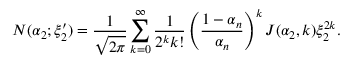
N ( \alpha _ { 2 } ; \xi _ { 2 } ^ { \prime } ) = \frac { 1 } { \sqrt { 2 \pi } } \sum _ { k = 0 } ^ { \infty } \frac { 1 } { 2 ^ { k } k ! } \left( \frac { 1 - \alpha _ { n } } { \alpha _ { n } } \right) ^ { k } J ( \alpha _ { 2 } , k ) \xi _ { 2 } ^ { 2 k } .